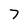
Character: 7